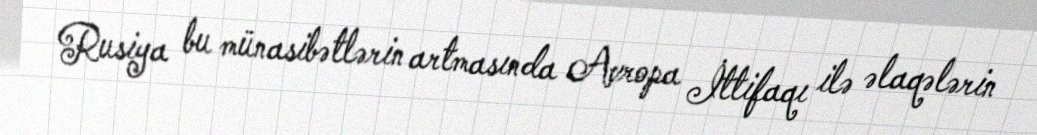
Rusiya bu münasibətlərin artmasında Avropa İttifaqı ilə əlaqələrin